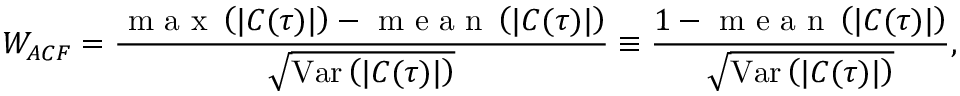
{ W _ { A C F } } = \frac { \mathrm { ~ m ~ a ~ x ~ } \left( | C ( \tau ) | \right) - \mathrm { ~ m ~ e ~ a ~ n ~ } \left( | C ( \tau ) | \right) } { \sqrt { \operatorname { V a r } \left( | C ( \tau ) | \right) } } \equiv \frac { 1 - \mathrm { ~ m ~ e ~ a ~ n ~ } \left( | C ( \tau ) | \right) } { \sqrt { \operatorname { V a r } \left( | C ( \tau ) | \right) } } ,